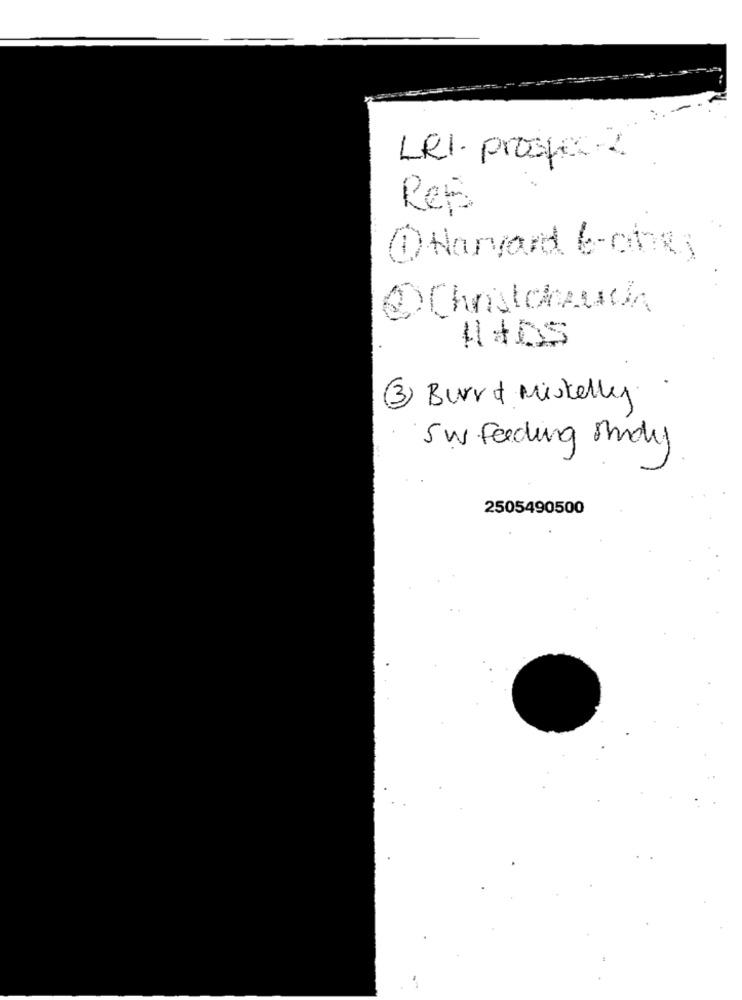
LeI. prospect2
Res
@Harvard 6-chty
@Chinstoreuda
3 Burr & Miskelly.
Sw Feeding Study
2505490500